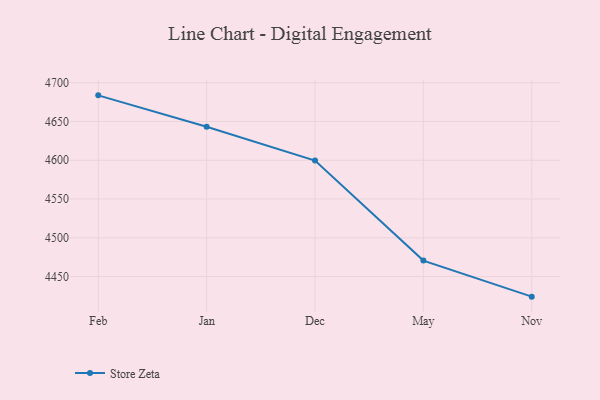
{"axis": {"x": "Month", "y": "Waste Production (Tons)"}, "legend": ["Store Zeta"], "data": [{"x": "Feb", "y": 4683.7, "type": "Store Zeta"}, {"x": "Jan", "y": 4643.2, "type": "Store Zeta"}, {"x": "Dec", "y": 4599.6, "type": "Store Zeta"}, {"x": "May", "y": 4470.6, "type": "Store Zeta"}, {"x": "Nov", "y": 4424.1, "type": "Store Zeta"}]}